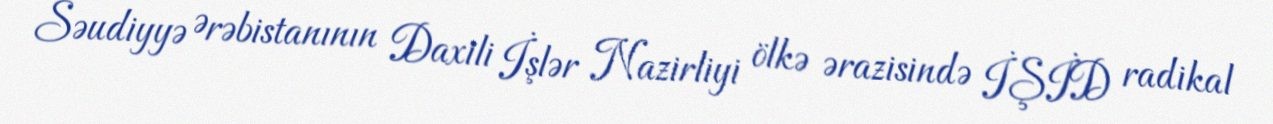
Səudiyyə Ərəbistanının Daxili İşlər Nazirliyi ölkə ərazisində İŞİD radikal